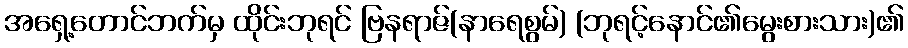
အရှေ့တောင်ဘက်မှ ထိုင်းဘုရင် ဗြနရာဇ်(နာရေစွမ်) (ဘုရင့်နောင်၏မွေးစားသား)၏